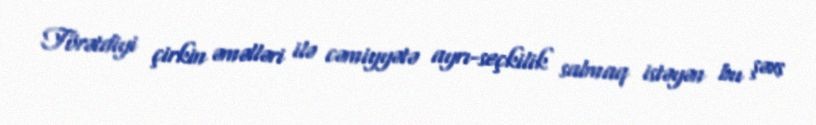
Törətdiyi çirkin əməlləri ilə cəmiyyətə ayrı-seçkilik salmaq istəyən bu şəxs